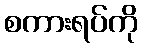
စကားရပ်ကို